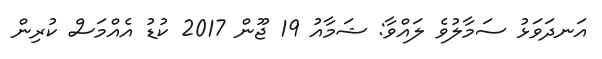
އަނދަވަޅު ސަމާލުވެ ލައްވާ: ޝަމާއު 19 ޖޫން 2017 ކުޑު އެއްމަސް ކުރިން